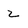
Character: 2